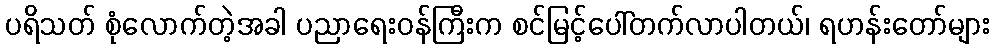
ပရိသတ် စုံလောက်တဲ့အခါ ပညာရေးဝန်ကြီးက စင်မြင့်ပေါ်တက်လာပါတယ်၊ ရဟန်းတော်များ